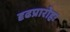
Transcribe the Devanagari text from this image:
दृढप्रारोहः